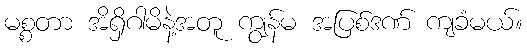
မစ္စတာ အိရှိဂါမိနဲ့အတူ ကျွန်မ အပြစ်ဒဏ် ကျခံမယ်။